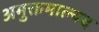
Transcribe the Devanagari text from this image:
अमुक्तमाल्यद